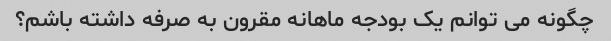
چگونه می توانم یک بودجه ماهانه مقرون به صرفه داشته باشم؟